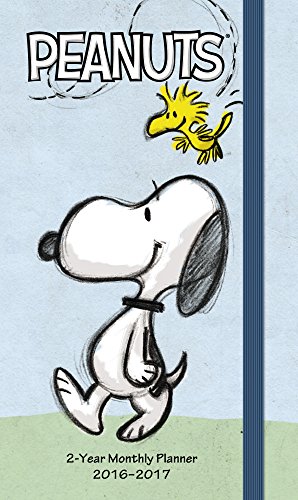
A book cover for Peanuts Pocket Planner 2 Year (2016); Day Dream; Calendars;